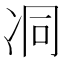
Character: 㓊